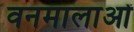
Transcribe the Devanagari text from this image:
वनमालाओं